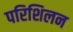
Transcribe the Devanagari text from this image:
परिशिलन